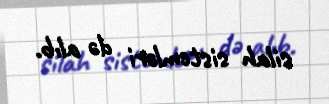
silah sistemləri də alıb.